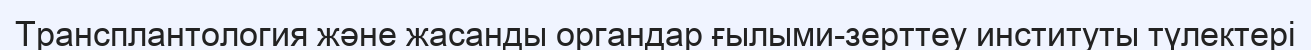
Трансплантология және жасанды органдар ғылыми-зерттеу институты түлектері